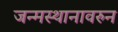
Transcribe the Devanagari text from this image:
जन्मस्थानावरुन